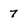
Character: 7